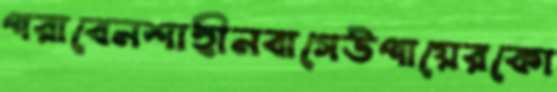
পরাবেনশাহীনবাগেউপায়েরকো